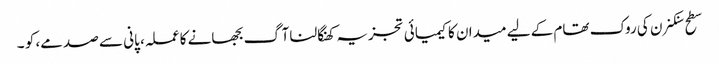
سطح سنکنرن کی روک تھام کے لیے میدان کا کیمیائی تجزیہ کھنگالنا آگ بجھانے کا عملہ، پانی سے صدمے، کو ۔